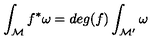
\int _ { \mathcal M } f ^ { * } \omega = d e g ( f ) \int _ { { \mathcal M } ^ { \prime } } \omega